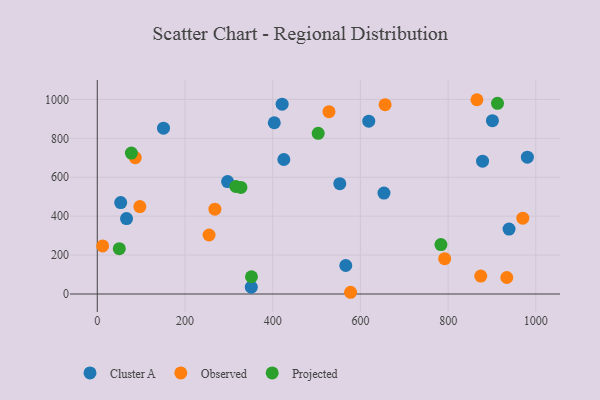
{"axis": {"x": "Experience", "y": "Profit"}, "legend": ["Cluster A", "Observed", "Projected"], "data": [{"x": "421.5", "y": 975.5, "type": "Cluster A"}, {"x": "566.6", "y": 146.5, "type": "Cluster A"}, {"x": "980.7", "y": 703.3, "type": "Cluster A"}, {"x": "878.5", "y": 682.8, "type": "Cluster A"}, {"x": "66.7", "y": 387.4, "type": "Cluster A"}, {"x": "297.1", "y": 577.8, "type": "Cluster A"}, {"x": "653.7", "y": 518.4, "type": "Cluster A"}, {"x": "553.0", "y": 567.0, "type": "Cluster A"}, {"x": "938.9", "y": 333.4, "type": "Cluster A"}, {"x": "403.6", "y": 880.1, "type": "Cluster A"}, {"x": "425.4", "y": 691.2, "type": "Cluster A"}, {"x": "53.4", "y": 469.6, "type": "Cluster A"}, {"x": "351.2", "y": 35.2, "type": "Cluster A"}, {"x": "901.0", "y": 890.4, "type": "Cluster A"}, {"x": "151.0", "y": 852.2, "type": "Cluster A"}, {"x": "619.0", "y": 888.2, "type": "Cluster A"}, {"x": "577.5", "y": 8.9, "type": "Observed"}, {"x": "656.3", "y": 973.1, "type": "Observed"}, {"x": "933.8", "y": 84.9, "type": "Observed"}, {"x": "865.6", "y": 998.3, "type": "Observed"}, {"x": "254.9", "y": 303.2, "type": "Observed"}, {"x": "874.4", "y": 92.1, "type": "Observed"}, {"x": "970.3", "y": 389.8, "type": "Observed"}, {"x": "792.1", "y": 181.4, "type": "Observed"}, {"x": "97.1", "y": 449.1, "type": "Observed"}, {"x": "528.3", "y": 937.0, "type": "Observed"}, {"x": "268.2", "y": 436.1, "type": "Observed"}, {"x": "12.2", "y": 247.0, "type": "Observed"}, {"x": "86.6", "y": 700.6, "type": "Observed"}, {"x": "351.6", "y": 88.7, "type": "Projected"}, {"x": "50.2", "y": 233.1, "type": "Projected"}, {"x": "327.5", "y": 547.9, "type": "Projected"}, {"x": "315.9", "y": 552.3, "type": "Projected"}, {"x": "503.7", "y": 825.7, "type": "Projected"}, {"x": "783.6", "y": 254.1, "type": "Projected"}, {"x": "77.8", "y": 724.0, "type": "Projected"}, {"x": "912.6", "y": 979.6, "type": "Projected"}]}